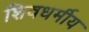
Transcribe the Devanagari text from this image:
शिवधर्मीय